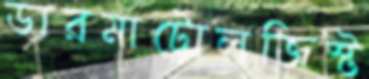
ডারমাটোলজিস্ট